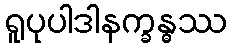
ရူပုပါဒါနက္ခန္ဓဿ